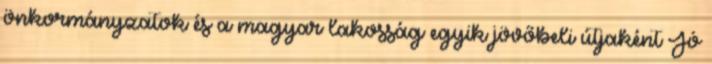
önkormányzatok és a magyar lakosság egyik jövőbeli útjaként Jó